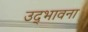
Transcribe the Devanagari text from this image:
उद्‌भावना